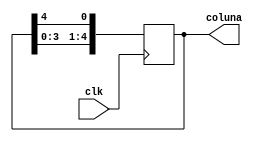
module deslocamento_coluna_leds(
	input clk,
	output reg [4:0] coluna
	);

	// Passando o valor inicial da coluna
	initial begin
	
		coluna = 5'b00001; // Coluna 5 - MSB; Coluna 0 - LSB;

	end
	
	always @(posedge clk) begin
	
		coluna <= {coluna[3:0], coluna[4]}; // Transforma o MSB no LSB
		
	end
	
	
endmodule